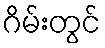
ဂိမ်းတွင်